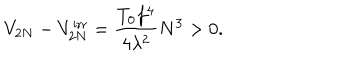
LaTeX: V _ { 2 N } - V _ { 2 N } ^ { \mathrm { i r r } } = \frac { T _ { 0 } f ^ { 4 } } { 4 \lambda ^ { 2 } } N ^ { 3 } > 0 .